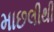
માછલીથી